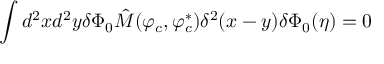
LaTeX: \int d ^ { 2 } x d ^ { 2 } y \delta \Phi _ { 0 } \hat { M } ( \varphi _ { c } , \varphi _ { c } ^ { \ast } ) \delta ^ { 2 } ( x - y ) \delta \Phi _ { 0 } ( \eta ) = 0